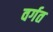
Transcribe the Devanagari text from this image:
वर्गत